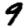
Digit: 9